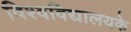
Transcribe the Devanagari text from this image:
विश्वविद्यालयके